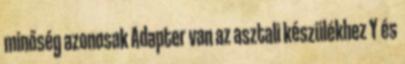
minőség azonosak Adapter van az asztali készülékhez Y és